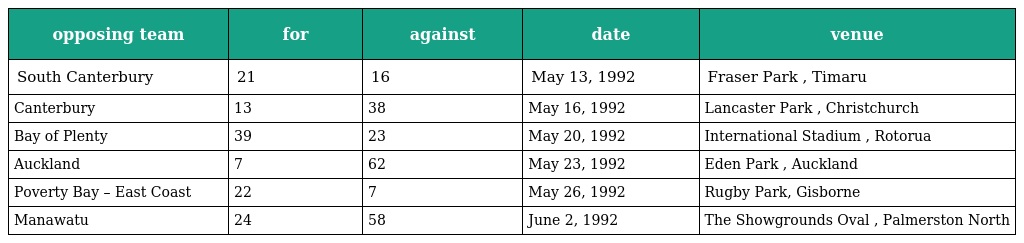
| opposing team | for | against | date | venue |
 | --- | --- | --- | --- | --- |
 | South Canterbury | 21 | 16 | May 13, 1992 | Fraser Park , Timaru |
 | Canterbury | 13 | 38 | May 16, 1992 | Lancaster Park , Christchurch |
 | Bay of Plenty | 39 | 23 | May 20, 1992 | International Stadium , Rotorua |
 | Auckland | 7 | 62 | May 23, 1992 | Eden Park , Auckland |
 | Poverty Bay – East Coast | 22 | 7 | May 26, 1992 | Rugby Park, Gisborne |
 | Manawatu | 24 | 58 | June 2, 1992 | The Showgrounds Oval , Palmerston North |